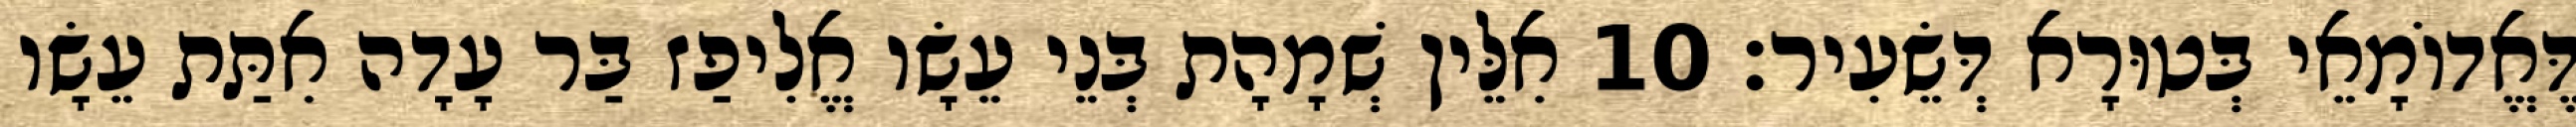
דֶּאֱדוֹמָאֵי בְּטוּרָא דְּשֵׂעִיר׃ 10 אִלֵּין שְׁמָהָת בְּנֵי עֵשָׂו אֱלִיפַז בַּר עָדָה אִתַּת עֵשָׂו